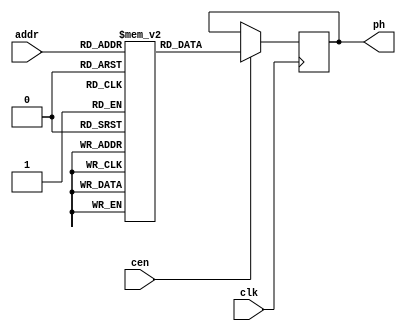


/* This file is part of JT51.

 
	JT51 program is free software: you can redistribute it and/or modify
	it under the terms of the GNU General Public License as published by
	the Free Software Foundation, either version 3 of the License, or
	(at your option) any later version.

	JT51 program is distributed in the hope that it will be useful,
	but WITHOUT ANY WARRANTY; without even the implied warranty of
	MERCHANTABILITY or FITNESS FOR A PARTICULAR PURPOSE.  See the
	GNU General Public License for more details.

	You should have received a copy of the GNU General Public License
	along with JT51.  If not, see <http://www.gnu.org/licenses/>.

	Based on Sauraen VHDL version of OPN/OPN2, which is based on die shots.

	Author: Jose Tejada Gomez. Twitter: @topapate
	Version: 1.0
	Date: 14-4-2017	

*/

module jt51_phrom
(
	input [4:0] addr,
	input clk,
	input cen,
	output reg [45:0] ph
);

	reg [45:0] sinetable[31:0];
	initial
	begin
	sinetable[5'd0 ] = 46'b0001100000100100010001000010101010101001010010;
	sinetable[5'd1 ] = 46'b0001100000110100000100000010010001001101000001;
	sinetable[5'd2 ] = 46'b0001100000110100000100110010001011001101100000;
	sinetable[5'd3 ] = 46'b0001110000010000000000110010110001001101110010;
	sinetable[5'd4 ] = 46'b0001110000010000001100000010111010001101101001;
	sinetable[5'd5 ] = 46'b0001110000010100001001100010000000101101111010;
	sinetable[5'd6 ] = 46'b0001110000010100001101100010010011001101011010;
	sinetable[5'd7 ] = 46'b0001110000011100000101010010111000101111111100;
	sinetable[5'd8 ] = 46'b0001110000111000000001110010101110001101110111;
	sinetable[5'd9 ] = 46'b0001110000111000010100111000011101011010100110;
	sinetable[5'd10] = 46'b0001110000111100011000011000111100001001111010;
	sinetable[5'd11] = 46'b0001110000111100011100111001101011001001110111;
	sinetable[5'd12] = 46'b0100100001010000010001011001001000111010110111;
	sinetable[5'd13] = 46'b0100100001010100010001001001110001111100101010;
	sinetable[5'd14] = 46'b0100100001010100010101101101111110100101000110;
	sinetable[5'd15] = 46'b0100100011100000001000011001010110101101111001;
	sinetable[5'd16] = 46'b0100100011100100001000101011100101001011101111;
	sinetable[5'd17] = 46'b0100100011101100000111011010000001011010110001;
	sinetable[5'd18] = 46'b0100110011001000000111101010000010111010111111;
	sinetable[5'd19] = 46'b0100110011001100001011011110101110110110000001;
	sinetable[5'd20] = 46'b0100110011101000011010111011001010001101110001;
	sinetable[5'd21] = 46'b0100110011101101011010110101111001010100001111;
	sinetable[5'd22] = 46'b0111000010000001010111000101010101010110010111;
	sinetable[5'd23] = 46'b0111000010000101010111110111110101010010111011;
	sinetable[5'd24] = 46'b0111000010110101101000101100001000010000011001;
	sinetable[5'd25] = 46'b0111010010011001100100011110100100010010010010;
	sinetable[5'd26] = 46'b0111010010111010100101100101000000110100100011;
	sinetable[5'd27] = 46'b1010000010011010101101011101100001110010011010;
	sinetable[5'd28] = 46'b1010000010111111111100100111010100010000111001;
	sinetable[5'd29] = 46'b1010010111110100110010001100111001010110100000;
	sinetable[5'd30] = 46'b1011010111010011111011011110000100110010100001;
	sinetable[5'd31] = 46'b1110011011110001111011100111100001110110100111;

	end

	always @ (posedge clk) if(cen)
		ph <= sinetable[addr];

endmodule